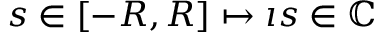
s \in [ - R , R ] \mapsto \imath s \in { \mathbb C }